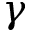
\gamma